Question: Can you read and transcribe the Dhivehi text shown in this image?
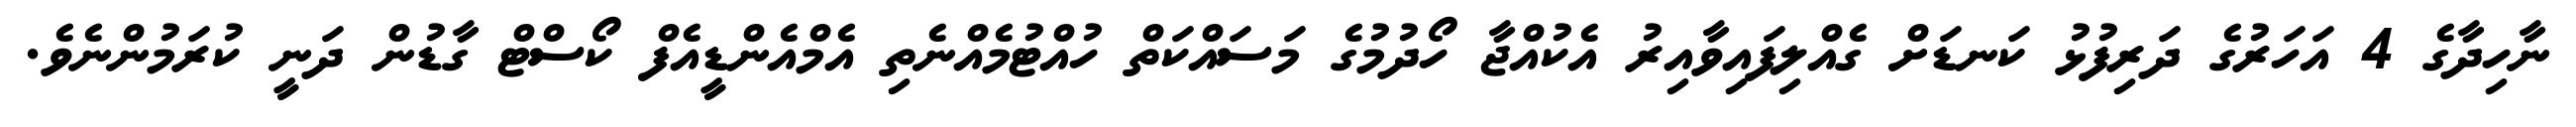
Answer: ނާހިދާގެ 4 އަހަރުގެ ދަރިފުޅު ކަނޑަށް ގެއްލިފައިވާއިރު އެކުއްޖާ ހޯދުމުގެ މަސައްކަތް ހުއްޓުމެއްނެތި އެމްއެންޑީއެފް ކޯސްޓް ގާޑުން ދަނީ ކުރަމުންނެވެ.